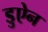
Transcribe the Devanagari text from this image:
डुऐन